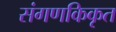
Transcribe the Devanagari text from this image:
संगणकिकृत